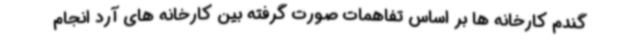
گندم کارخانه ها بر اساس تفاهمات صورت گرفته بین کارخانه های آرد انجام